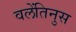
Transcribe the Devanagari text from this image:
वलेंतिनुस